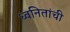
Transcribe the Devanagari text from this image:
ध्वनितांची